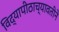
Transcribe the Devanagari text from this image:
विद्यापीठाच्यावतीने